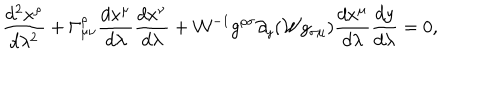
LaTeX: { \frac { d ^ { 2 } x ^ { \rho } } { d \lambda ^ { 2 } } } + \Gamma _ { \mu \nu } ^ { \rho } { \frac { d x ^ { \mu } } { d \lambda } } { \frac { d x ^ { \nu } } { d \lambda } } + { \cal W } ^ { - 1 } g ^ { \rho \sigma } \partial _ { y } ( { \cal W } g _ { \sigma \mu } ) { \frac { d x ^ { \mu } } { d \lambda } } { \frac { d y } { d \lambda } } = 0 ,